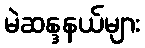
မဲဆန္ဒနယ်များ